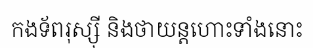
កងទ័ពរុស្ស៊ី និងថាយន្តហោះទាំងនោះ